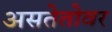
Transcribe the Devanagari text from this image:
असतेतोवर